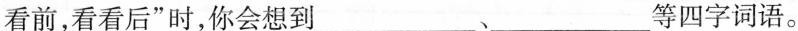
看前，看看后”时，你会想到___ 、___ 等四字词语。